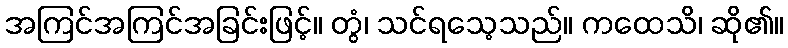
အကြင်အကြင်အခြင်းဖြင့်။ တွံ၊ သင်ရသေ့သည်။ ကထေသိ၊ ဆို၏။